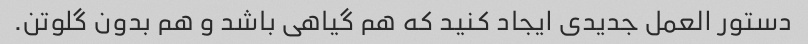
دستور العمل جدیدی ایجاد کنید که هم گیاهی باشد و هم بدون گلوتن.